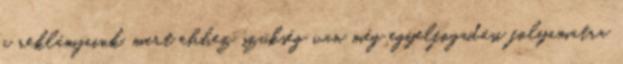
a reklámjaink, mert ehhez szükség van még egyelfogadási folyamatra